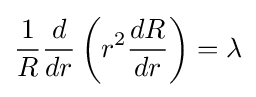
{\frac {1}{R}}{\frac {d}{dr}}\left(r^{2}{\frac {dR}{dr}}\right)=\lambda